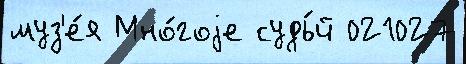
муз'е́я Мно́гоjе судь́й 021027